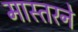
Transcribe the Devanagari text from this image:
मास्तरने